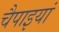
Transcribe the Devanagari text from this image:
चैपाइयां